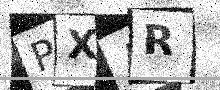
Text: PXAR